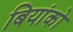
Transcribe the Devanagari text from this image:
बियांको